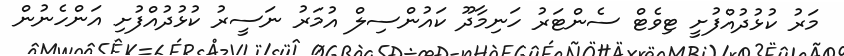
މަރު ކުޅުދުއްފުށީ ޓިވެޓް ސެންޓަރު ހަނިމާދޫ ކައުންސިލް އުމަރު ނަސީރު ކުޅުދުއްފުށި އަންހެނުން